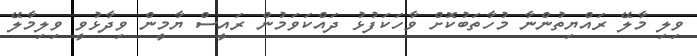
ވިލި މާލޭ ރައްޔިތުންނާ މުހާތަބުކޮށް ވާހަކަފުޅު ދައްކަވަމުން ރައީސް ޔާމީން ވިދާޅުވީ ވިލިމާލޭ